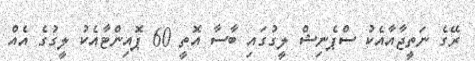
ރޭގެ ނަތީޖާއާއެކު ސްޕެނިޝް ލީގުގައި ބާސާ އޮތީ 60 ޕޮއިންޓާއެކު ލީގުގެ އެއް